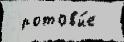
 ротовы́е